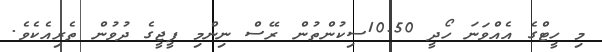
މި ހީޓްގެ އެއްވަނަ ހޯދީ 10.50ސިކުންތުން ރޭސް ނިންމި ފީޖީގެ ދުވުން ތެރިއެކެވެ.